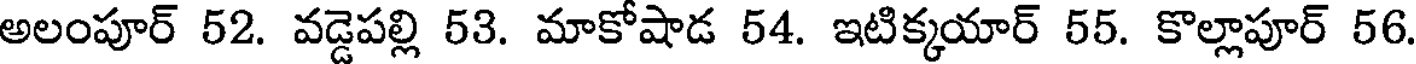
అలంపూర్ 52. వడ్డెపల్లి 53. మాకోషాడ 54. ఇటిక్కయార్ 55. కొల్లాపూర్ 56